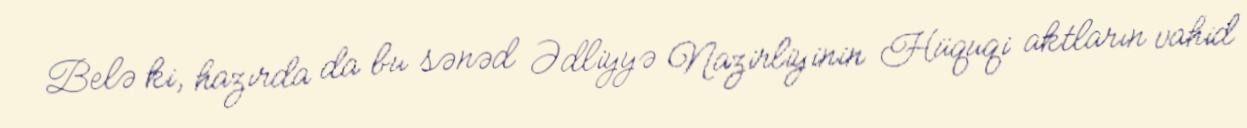
Belə ki, hazırda da bu sənəd Ədliyyə Nazirliyinin Hüquqi aktların vahid